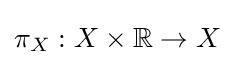
\pi _{X}:X\times \mathbb {R} \to X